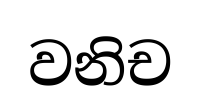
වනිච